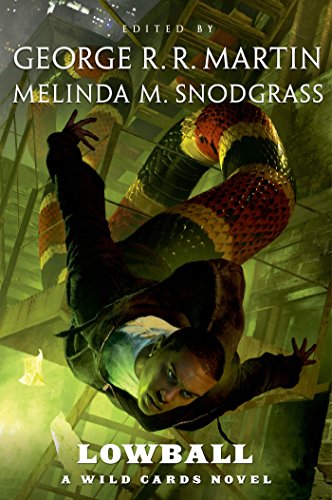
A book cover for Lowball: A Wild Cards Novel; Wild Cards Trust; Science Fiction & Fantasy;